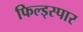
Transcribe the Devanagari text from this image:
फिल्ड्स्पार